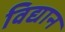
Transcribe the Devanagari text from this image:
विद्यान